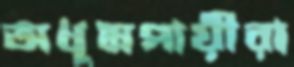
অধূমপায়ীরা